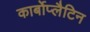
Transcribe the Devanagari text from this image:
कार्बोप्लैटिन